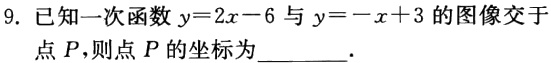
9. 已知一次函数$y = 2x - 6$与$y = -x + 3$的图像交于点$P$，则点$P$的坐标为________．